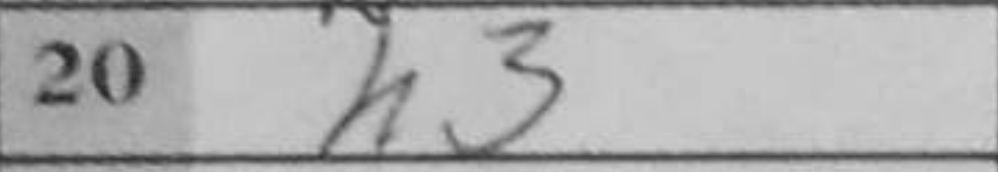
Transcription: h3